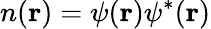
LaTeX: n({\mathbf{r}})=\psi({\mathbf{r}})\psi^{*}({\mathbf{r}})